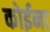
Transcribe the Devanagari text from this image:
कोईना